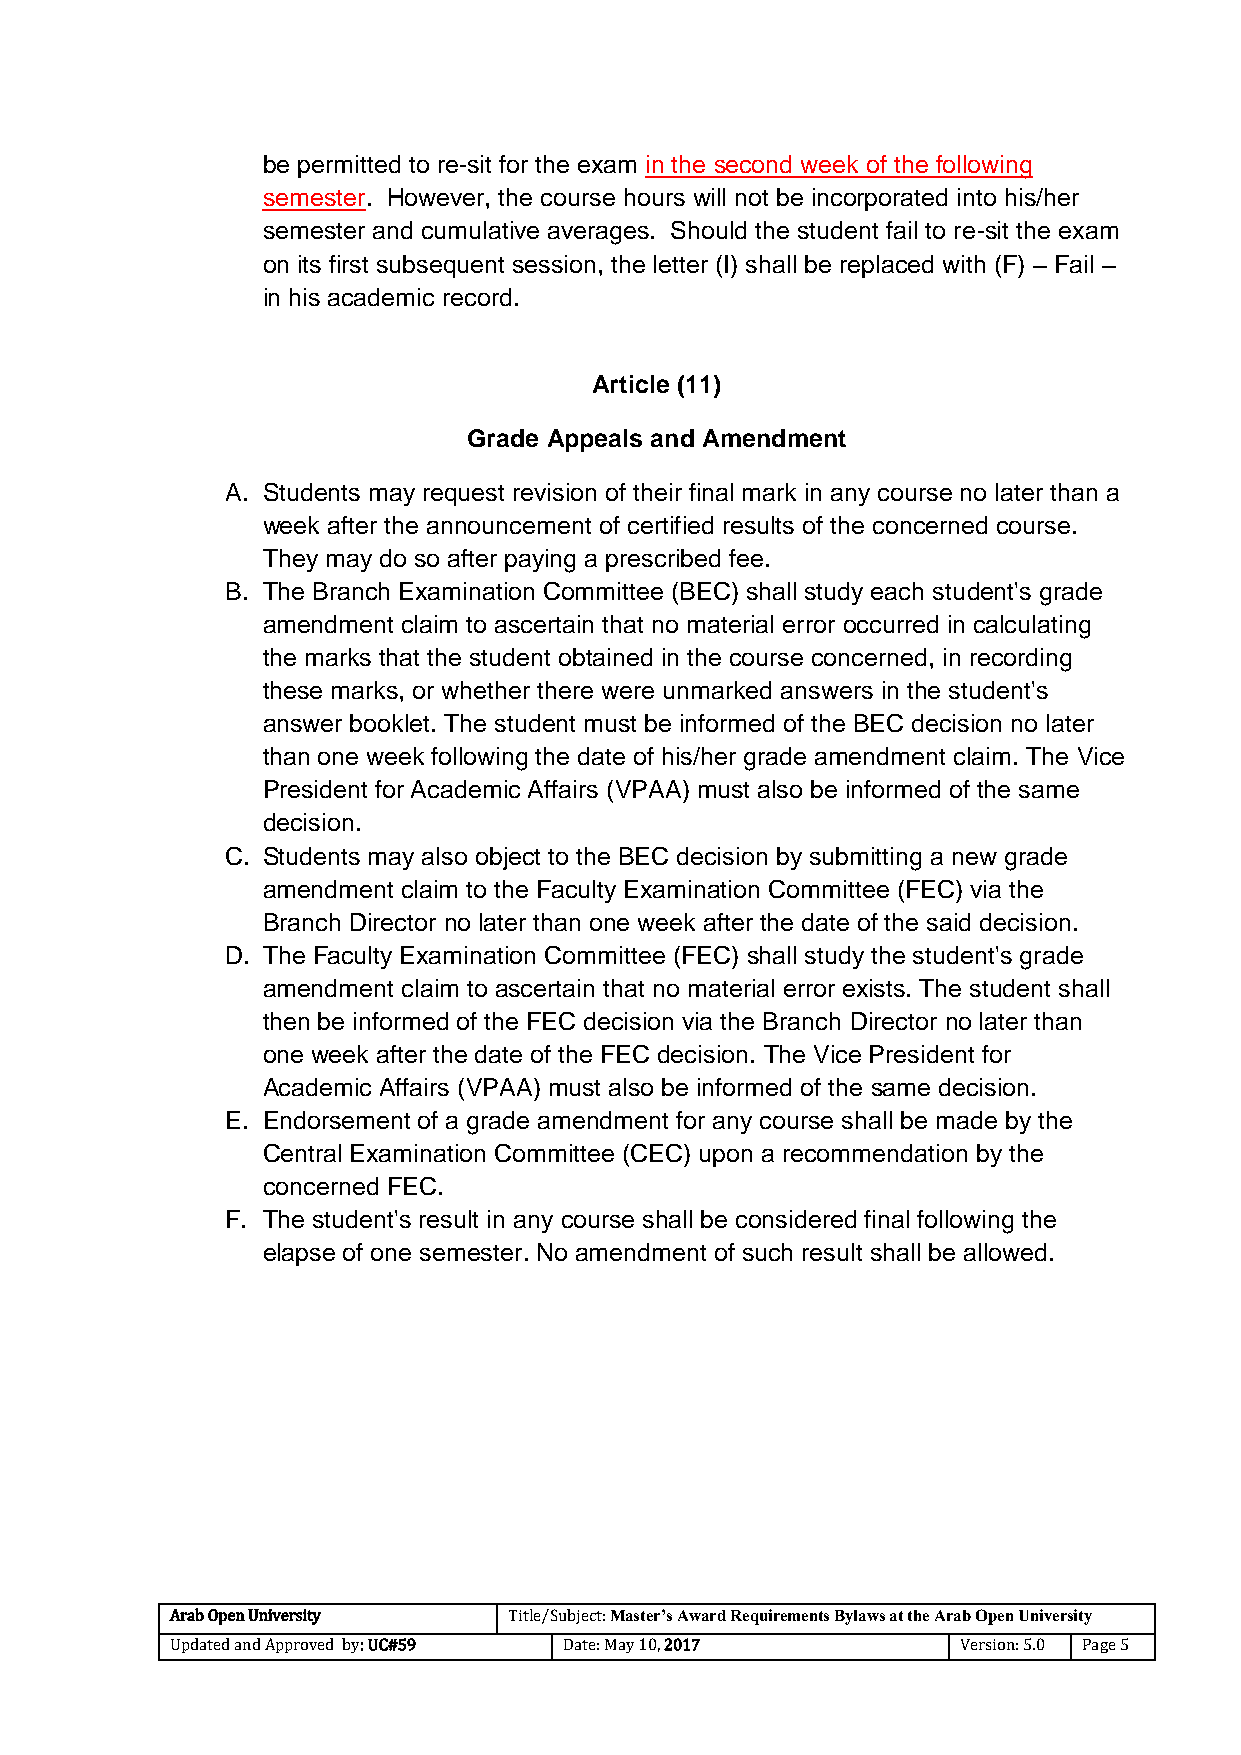
be permitted to re-sit for the exam in the second week of the following
 semester. However, the course hours will not be incorporated into his/her
 semester and cumulative averages. Should the student fail to re-sit the exam
 on its first subsequent session, the letter (I) shall be replaced with (F) – Fail –
 in his academic record.
 Article (11)
 Grade Appeals and Amendment
 A. Students may request revision of their final mark in any course no later than a
 week after the announcement of certified results of the concerned course.
 They may do so after paying a prescribed fee.
 B. The Branch Examination Committee (BEC) shall study each student's grade
 amendment claim to ascertain that no material error occurred in calculating
 the marks that the student obtained in the course concerned, in recording
 these marks, or whether there were unmarked answers in the student's
 answer booklet. The student must be informed of the BEC decision no later
 than one week following the date of his/her grade amendment claim. The Vice
 President for Academic Affairs (VPAA) must also be informed of the same
 decision.
 C. Students may also object to the BEC decision by submitting a new grade
 amendment claim to the Faculty Examination Committee (FEC) via the
 Branch Director no later than one week after the date of the said decision.
 D. The Faculty Examination Committee (FEC) shall study the student's grade
 amendment claim to ascertain that no material error exists. The student shall
 then be informed of the FEC decision via the Branch Director no later than
 one week after the date of the FEC decision. The Vice President for
 Academic Affairs (VPAA) must also be informed of the same decision.
 E. Endorsement of a grade amendment for any course shall be made by the
 Central Examination Committee (CEC) upon a recommendation by the
 concerned FEC.
 F. The student's result in any course shall be considered final following the
 elapse of one semester. No amendment of such result shall be allowed.
 Arab Open University   Title/Subject: Master’s Award Requirements Bylaws at the Arab Open University
 Updated and Approved by: UC#59 Date: May 10, 2017    Version: 5.0 Page 5